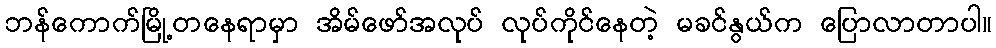
ဘန်ကောက်မြို့တနေရာမှာ အိမ်ဖော်အလုပ် လုပ်ကိုင်နေတဲ့ မခင်နွယ်က ပြောလာတာပါ။